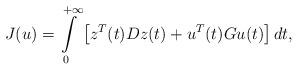
LaTeX: \begin{align*}J(u)=\int\limits_{0}^{+ \infty }\left[ z^{T}(t)Dz(t)+u^{T}(t)Gu(t)\right] dt,\end{align*}